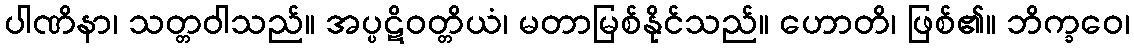
ပါဏိနာ၊ သတ္တဝါသည်။ အပ္ပဋိဝတ္တိယံ၊ မတာမြစ်နိုင်သည်။ ဟောတိ၊ ဖြစ်၏။ ဘိက္ခဝေ၊